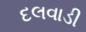
દલવાડી